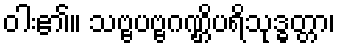
ဝါး၏။ သဗ္ဗပဗ္ဗဂဏ္ဌိပရိသုဒ္ဓတ္တာ၊